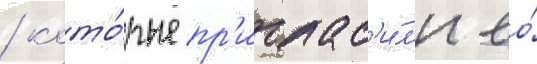
/ кото́рые пр'иглас'и́л'и ео́